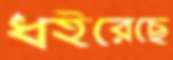
ধইরেছে